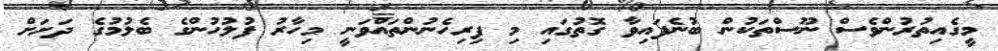
މީގެއިތުރުންވެސް ނޫސްތަކުން ބުނެފައިވާ ގޮތުގައި މި ފިރިހެނުންތައްވަނީ މިހާރު ފުލުހުންގެ ބެލުމުގެ ދަށަށް